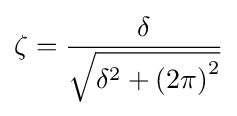
\zeta ={\frac {\delta }{\sqrt {\delta ^{2}+\left(2\pi \right)^{2}}}}